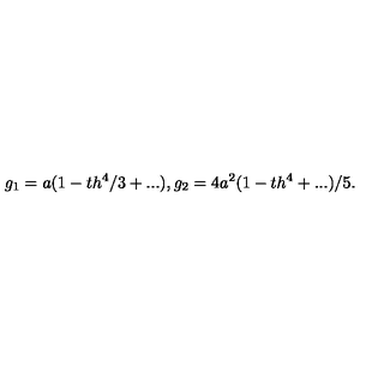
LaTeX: g _ { 1 } = a ( 1 - t h ^ { 4 } / 3 + . . . ) , g _ { 2 } = 4 a ^ { 2 } ( 1 - t h ^ { 4 } + . . . ) / 5 .